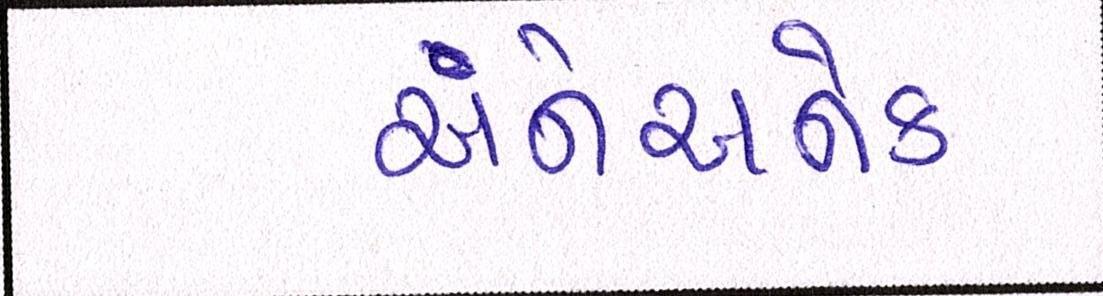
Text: અનેઅનેક